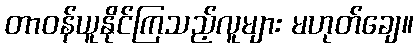
တာဝန်ယူနိုင်ကြသည့်လူများ မဟုတ်ချေ။